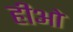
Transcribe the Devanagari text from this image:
हीओ